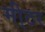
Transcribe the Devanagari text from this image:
मी्टर